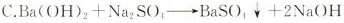
C.$$Ba(OH)_{2}+Na_{2}SO_{4} \longrightarrow BaSO_{4} \downarrow+2NaOH$$